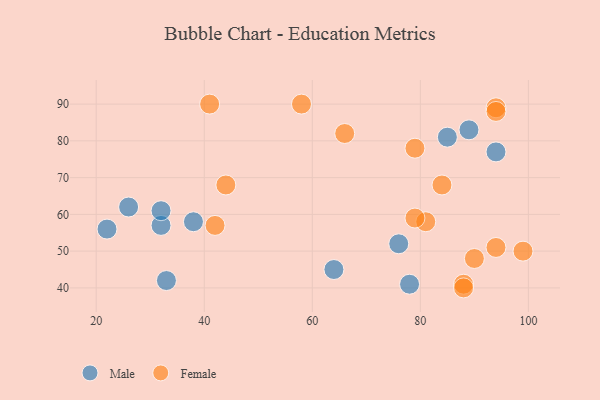
{"axis": {"x": "GDP", "y": "Life Expectancy"}, "legend": ["Female", "Male"], "data": [{"x": "33", "y": 42, "type": "Male"}, {"x": "85", "y": 81, "type": "Male"}, {"x": "32", "y": 57, "type": "Male"}, {"x": "26", "y": 62, "type": "Male"}, {"x": "22", "y": 56, "type": "Male"}, {"x": "76", "y": 52, "type": "Male"}, {"x": "64", "y": 45, "type": "Male"}, {"x": "89", "y": 83, "type": "Male"}, {"x": "38", "y": 58, "type": "Male"}, {"x": "78", "y": 41, "type": "Male"}, {"x": "32", "y": 61, "type": "Male"}, {"x": "94", "y": 77, "type": "Male"}, {"x": "42", "y": 57, "type": "Female"}, {"x": "66", "y": 82, "type": "Female"}, {"x": "81", "y": 58, "type": "Female"}, {"x": "88", "y": 41, "type": "Female"}, {"x": "84", "y": 68, "type": "Female"}, {"x": "58", "y": 90, "type": "Female"}, {"x": "90", "y": 48, "type": "Female"}, {"x": "79", "y": 59, "type": "Female"}, {"x": "44", "y": 68, "type": "Female"}, {"x": "41", "y": 90, "type": "Female"}, {"x": "99", "y": 50, "type": "Female"}, {"x": "94", "y": 89, "type": "Female"}, {"x": "94", "y": 51, "type": "Female"}, {"x": "79", "y": 78, "type": "Female"}, {"x": "94", "y": 88, "type": "Female"}, {"x": "88", "y": 40, "type": "Female"}]}